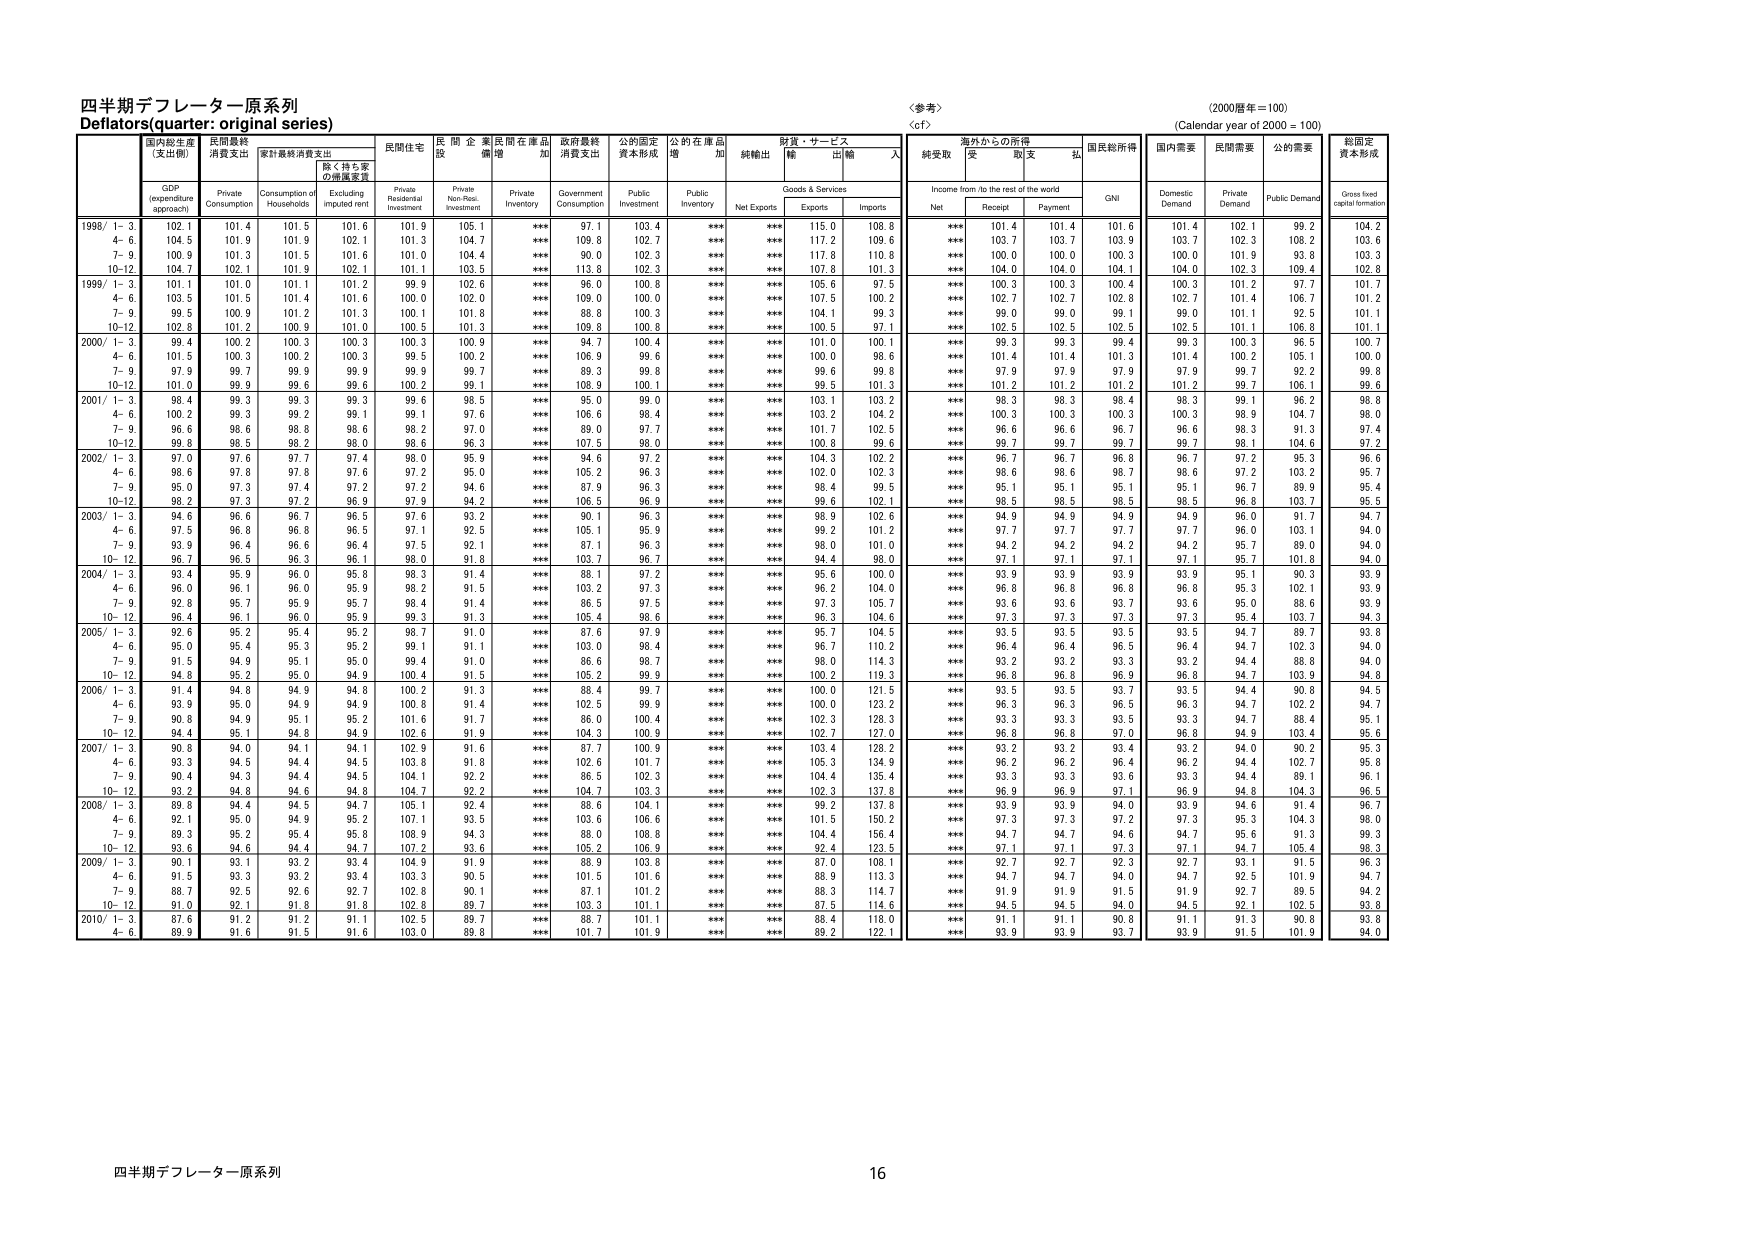
四半期デフレーター原系列
Deflators (quarter: original series)

国内総生産
(支出側)
民間最終
消費支出
家計最終消費支出
除く持ち家
の帰属家賃
民間住宅
民間企業
設備
民間在庫品
増
政府最終
消費支出
公的固定
資本形成
公的在庫品
増
純輸出
財貨・サービス
輸出
輸入
純受取
海外からの所得
受取支払
国民総所得
国内需要
民間需要
公的需要
総固定
資本形成

GDP
(expenditure
approach)
Private
Consumption
Consumption of
Households
Excluding
imputed rent
Private
Residential
Investment
Private
Non-Res.
Investment
Private
Inventory
Government
Consumption
Public
Investment
Public
Inventory
Net Exports
Goods & Services
Exports
Imports
Income from/to the rest of the world
Net
Receipt
Payment
GNI
Domestic
Demand
Private
Demand
Public Demand
Gross fixed
capital formation

1998/ 1-3
102.1
101.4
101.5
101.6
101.9
105.1
***
97.1
103.4
***
***
115.0
108.8
***
101.4
101.4
101.6
101.4
102.1
99.2
104.2
4-6
104.5
101.9
101.9
102.1
101.3
104.7
***
109.8
102.7
***
***
117.2
109.6
***
103.7
103.7
103.9
103.7
102.3
108.2
103.6
7-9
100.9
101.3
101.5
101.6
101.0
104.4
***
90.0
102.3
***
***
117.8
110.8
***
100.0
100.0
100.3
100.0
101.9
93.8
103.3
10-12
104.7
102.1
101.9
102.1
101.1
103.5
***
113.8
102.3
***
***
107.8
101.3
***
104.0
104.0
104.1
104.0
102.3
109.4
102.8

1999/ 1-3
101.1
101.0
101.1
101.2
99.9
102.6
***
96.0
100.8
***
***
105.6
97.5
***
100.3
100.3
100.4
100.3
101.2
97.7
101.7
4-6
103.5
101.5
101.4
101.6
100.0
102.0
***
109.0
100.0
***
***
107.5
100.2
***
102.7
102.7
102.8
102.7
101.4
106.7
101.2
7-9
99.5
100.9
101.2
101.3
100.1
101.8
***
88.8
100.3
***
***
104.1
99.3
***
99.0
99.0
99.1
99.0
101.1
92.5
101.1
10-12
102.8
101.2
100.9
101.0
100.5
101.3
***
109.8
100.8
***
***
100.5
97.1
***
102.5
102.5
102.5
102.5
101.1
106.8
101.1

2000/ 1-3
99.4
100.2
100.3
100.3
100.3
100.9
***
94.7
100.4
***
***
101.0
100.1
***
99.3
99.3
99.4
99.3
100.3
96.5
100.7
4-6
101.5
100.3
100.2
100.3
99.5
100.2
***
106.9
99.6
***
***
100.0
98.6
***
101.4
101.4
101.3
101.4
100.2
105.1
100.0
7-9
97.9
99.7
99.9
99.9
99.9
99.7
***
89.3
99.8
***
***
99.6
99.8
***
97.9
97.9
97.9
97.9
99.7
92.2
99.8
10-12
101.0
99.9
99.6
99.6
100.2
99.1
***
108.9
100.1
***
***
99.5
101.3
***
101.2
101.2
101.2
101.2
99.7
106.1
99.6

2001/ 1-3
98.4
99.3
99.3
99.3
99.6
98.5
***
95.0
99.0
***
***
103.1
103.2
***
98.3
98.3
98.4
98.3
99.1
96.2
98.8
4-6
100.2
99.3
99.2
99.1
99.1
97.6
***
106.6
98.4
***
***
103.2
104.2
***
100.3
100.3
100.3
100.3
98.9
104.7
98.0
7-9
96.6
98.6
98.8
98.6
98.2
97.7
***
89.0
97.7
***
***
101.7
102.5
***
96.6
96.6
96.7
96.6
98.3
91.3
97.4
10-12
99.8
98.5
98.2
98.0
98.6
96.3
***
107.5
98.0
***
***
100.8
99.6
***
99.7
99.7
99.7
99.7
98.1
104.6
97.2

2002/ 1-3
97.0
97.6
97.7
97.4
98.0
95.9
***
94.6
97.2
***
***
104.3
102.2
***
96.7
96.7
96.8
96.7
97.2
95.3
96.6
4-6
98.6
97.8
97.8
97.6
97.2
95.0
***
105.2
96.3
***
***
102.0
102.3
***
98.6
98.6
98.7
98.6
97.2
103.2
95.7
7-9
95.0
97.3
97.4
97.2
97.2
94.6
***
87.9
96.3
***
***
98.4
99.5
***
95.1
95.1
95.1
95.1
96.7
89.9
95.4
10-12
98.2
97.3
97.2
96.9
97.9
94.2
***
106.5
96.9
***
***
99.6
102.1
***
98.5
98.5
98.5
98.5
96.8
103.7
95.5

2003/ 1-3
94.6
96.6
96.7
96.5
97.6
93.2
***
90.1
96.3
***
***
98.9
102.6
***
94.9
94.9
94.9
94.9
96.0
91.7
94.7
4-6
97.5
96.8
96.8
96.5
97.1
92.5
***
105.1
95.9
***
***
99.2
101.2
***
97.7
97.7
97.7
97.7
96.0
103.1
94.0
7-9
93.9
96.4
96.6
96.4
97.5
92.1
***
87.1
96.3
***
***
98.0
101.0
***
94.2
94.2
94.2
94.2
95.7
89.0
94.0
10-12
96.7
96.5
96.3
96.1
98.0
91.8
***
103.7
96.7
***
***
94.4
98.0
***
97.1
97.1
97.1
97.1
95.7
101.8
94.0

2004/ 1-3
93.4
95.9
96.0
95.8
98.3
91.4
***
88.1
97.2
***
***
95.6
100.0
***
93.9
93.9
93.9
93.9
95.1
90.3
93.9
4-6
96.0
96.1
96.0
95.9
98.2
91.5
***
103.2
97.3
***
***
96.2
104.0
***
96.8
96.8
96.8
96.8
95.3
102.1
93.9
7-9
92.8
95.7
95.9
95.7
98.4
91.4
***
86.5
97.5
***
***
97.3
105.7
***
93.6
93.6
93.7
93.6
95.0
88.6
93.9
10-12
96.4
96.1
96.0
95.9
99.3
91.3
***
105.4
98.6
***
***
96.3
104.6
***
97.3
97.3
97.3
97.3
95.4
103.7
94.3

2005/ 1-3
92.6
95.2
95.4
95.2
98.7
91.0
***
87.6
97.9
***
***
95.7
104.5
***
93.5
93.5
93.5
93.5
94.7
89.7
93.8
4-6
95.0
95.4
95.3
95.2
99.1
91.1
***
103.0
98.4
***
***
96.7
110.2
***
96.4
96.4
96.5
96.4
94.7
102.3
94.0
7-9
91.5
94.9
95.1
95.0
99.4
91.0
***
86.6
98.7
***
***
98.0
114.3
***
93.2
93.2
93.3
93.2
94.4
88.8
94.0
10-12
94.8
95.2
95.0
94.9
100.4
91.5
***
105.2
99.9
***
***
100.2
119.3
***
96.8
96.8
96.9
96.8
94.7
103.9
94.8

2006/ 1-3
91.4
94.8
94.9
94.8
100.2
91.3
***
88.4
99.7
***
***
100.0
121.5
***
93.5
93.5
93.7
93.5
94.4
90.8
94.5
4-6
93.9
95.0
94.9
94.9
100.8
91.4
***
102.5
99.9
***
***
100.0
123.2
***
96.3
96.3
96.5
96.3
94.7
102.2
94.7
7-9
90.8
94.9
95.1
95.2
101.6
91.7
***
86.0
100.4
***
***
102.3
128.3
***
93.3
93.3
93.5
93.3
94.7
88.4
95.1
10-12
94.4
95.1
94.8
94.9
102.6
91.9
***
104.3
100.9
***
***
102.7
127.0
***
96.8
96.8
97.0
96.8
94.9
103.4
95.6

2007/ 1-3
90.5
94.0
94.1
94.1
102.9
91.6
***
87.7
100.9
***
***
103.4
128.2
***
93.2
93.2
93.4
93.2
94.0
90.2
95.3
4-6
93.3
94.5
94.4
94.5
103.8
91.8
***
102.6
101.7
***
***
105.3
134.5
***
96.2
96.2
96.4
96.2
94.4
102.7
95.8
7-9
90.4
94.3
94.4
94.5
104.1
92.2
***
86.5
102.3
***
***
104.4
135.4
***
93.3
93.3
93.6
93.3
94.4
89.1
96.1
10-12
93.2
94.8
94.6
94.8
104.7
92.2
***
104.7
103.3
***
***
102.3
137.8
***
96.9
96.9
97.1
96.9
94.8
104.3
96.5

2008/ 1-3
89.8
94.4
94.5
94.7
105.1
92.4
***
88.6
104.1
***
***
99.2
137.8
***
93.9
93.9
94.0
93.9
94.6
91.4
96.7
4-6
92.1
95.0
94.9
95.2
107.1
93.5
***
103.6
106.6
***
***
101.5
150.2
***
97.3
97.3
97.2
97.3
95.3
104.3
98.0
7-9
89.3
95.2
95.4
95.8
108.9
94.3
***
88.0
108.8
***
***
104.4
156.4
***
94.7
94.7
94.6
94.7
95.6
91.3
99.3
10-12
93.6
94.6
94.4
94.7
107.2
93.6
***
105.2
106.9
***
***
92.4
123.5
***
97.1
97.1
97.3
97.1
94.7
105.4
98.3

2009/ 1-3
90.1
93.1
93.2
93.4
104.9
91.9
***
88.9
103.8
***
***
87.0
108.1
***
92.7
92.7
92.3
92.7
93.1
91.5
96.3
4-6
91.5
93.3
93.2
93.4
103.3
90.5
***
101.5
101.6
***
***
88.9
113.3
***
94.7
94.7
94.0
94.7
92.5
101.9
94.7
7-9
88.7
93.5
92.6
92.7
102.8
90.1
***
87.1
101.2
***
***
88.3
114.7
***
91.9
91.9
91.5
91.9
92.7
89.5
94.2
10-12
91.0
92.1
91.8
91.8
102.8
89.7
***
103.3
101.1
***
***
87.5
114.6
***
94.5
94.5
94.0
94.5
92.1
102.5
93.8

2010/ 1-3
87.6
91.2
91.2
91.1
102.5
89.7
***
88.7
101.1
***
***
88.4
118.0
***
91.1
91.1
90.8
91.1
91.3
90.8
93.8
4-6
89.9
91.6
91.5
91.6
103.0
89.8
***
101.7
101.9
***
***
89.2
122.1
***
93.9
93.9
93.7
93.9
91.5
101.9
94.0

〈参考〉
〈cf〉
(2000暦年＝100)
(Calendar year of 2000 = 100)

四半期デフレーター原系列
16